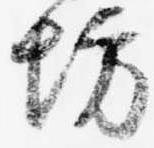
坊